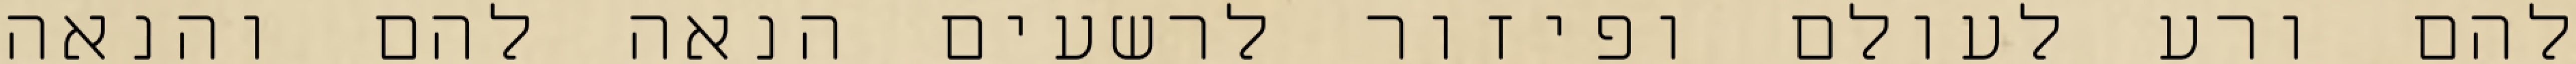
להם ורע לעולם ופיזור לרשעים הנאה להם והנאה